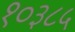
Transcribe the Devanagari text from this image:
१०३८५